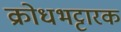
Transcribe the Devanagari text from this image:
क्रोधभट्टारक